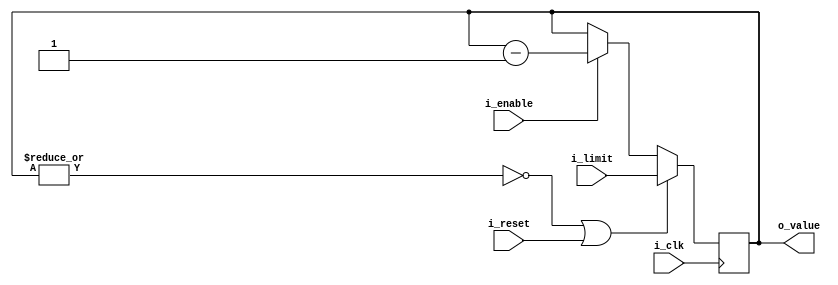
/*!>
* count down counter, count down by 1 every 1 pulse receive module
*
*+ Input +* 
* i_clk 	- input clock
* i_en	- enable switch
* i_reset	- reset switch
* i_limit	- value to count down
*
*+ Output +* 
*  o_value - count down value
*
*
<!*/
module countdown_counter(
input i_clk,
input i_enable,
input i_reset,
input [6:0] i_limit,
output [6:0] o_value
);

wire reset;
wire value;
reg [6:0]count;

assign value = | count;
assign o_value = count;
assign reset = ( ~value ) | i_reset;


always @ ( posedge i_clk )
	begin
		if ( reset )
			begin
				count <= i_limit;
			end
		else
			begin
				if( i_enable )
					begin
						count <= count - 1'd1;
					end
			end
	end
endmodule